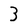
Character: 3